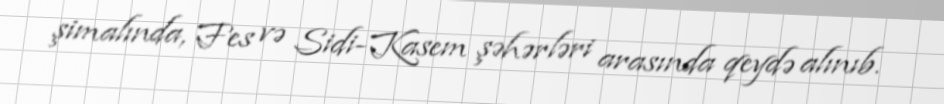
şimalında, Fes və Sidi-Kasem şəhərləri arasında qeydə alınıb.